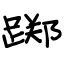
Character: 踯